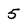
Character: 5